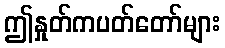
ဤနှုတ်ကပတ်တော်များ